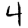
Digit: 4